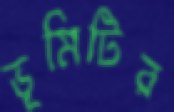
ভূমিটির